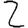
Digit: 2